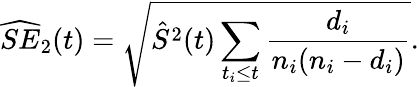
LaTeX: \widehat{SE}_{2}(t)=\sqrt{\hat{S}^{2}(t)\sum_{t_{i}\leq t}\frac{d_{i}}{n_{i}(n_{i}-d_{i})}}.